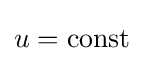
{\textstyle u={\text{const}}}